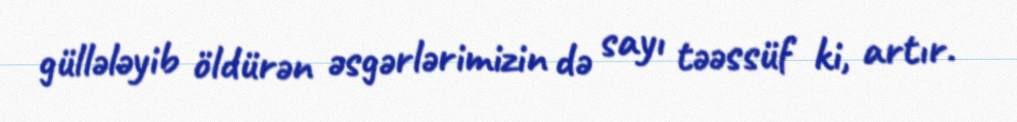
güllələyib öldürən əsgərlərimizin də sayı təəssüf ki, artır.